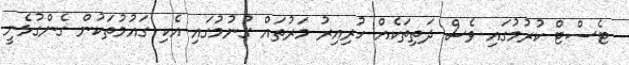
ޓެސްޓް ކުރުމުގައި ވެސް ދަތިތަކެއް ހުރިިއިރު މަރުތައް ގުނުމުގައި އެކި ގައުމުތަކުން ގެންގުޅެނީ